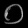
Digit: ၀